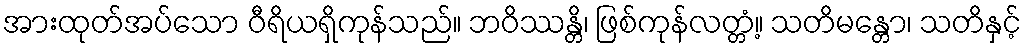
အားထုတ်အပ်သော ဝီရိယရှိကုန်သည်။ ဘဝိဿန္တိ၊ ဖြစ်ကုန်လတ္တံ့။ သတိမန္တော၊ သတိနှင့်